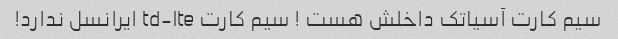
سیم کارت آسیاتک داخلش هست ! سیم کارت td-lte ایرانسل ندارد!